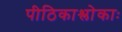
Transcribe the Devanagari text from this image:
पीठिकाश्लोकाः